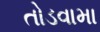
તોડવામા